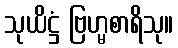
သုယိဋ္ဌံ ဗြဟ္မစာရိသု။